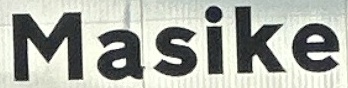
Masike